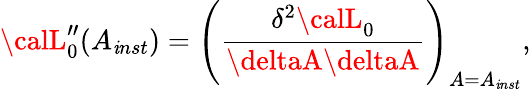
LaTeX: {\calL}_{0}^{\prime\prime}(A_{\mathit{i}nst})=\left(\frac{{\delta^{2}{\calL}_{0}}}{{\deltaA\deltaA}}\right)_{A=A_{\mathit{i}nst}},